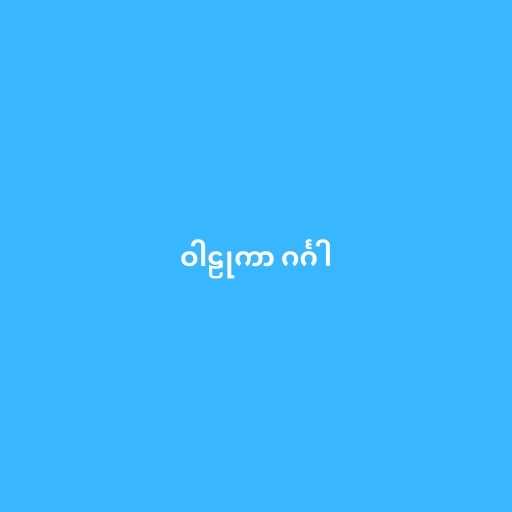
ဝါဠုကာ ဂင်္ဂါ